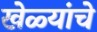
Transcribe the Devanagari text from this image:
खेळ्यांचे